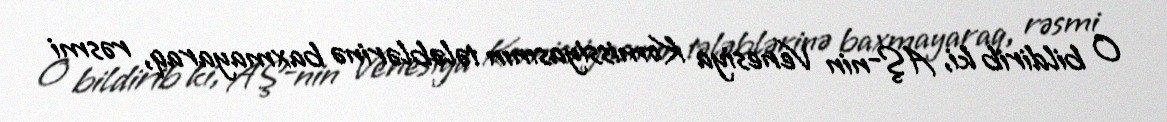
O bildirib ki, AŞ-nin Venesiya Komissiyasının tələblərinə baxmayaraq, rəsmi